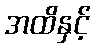
အထိနှင့်